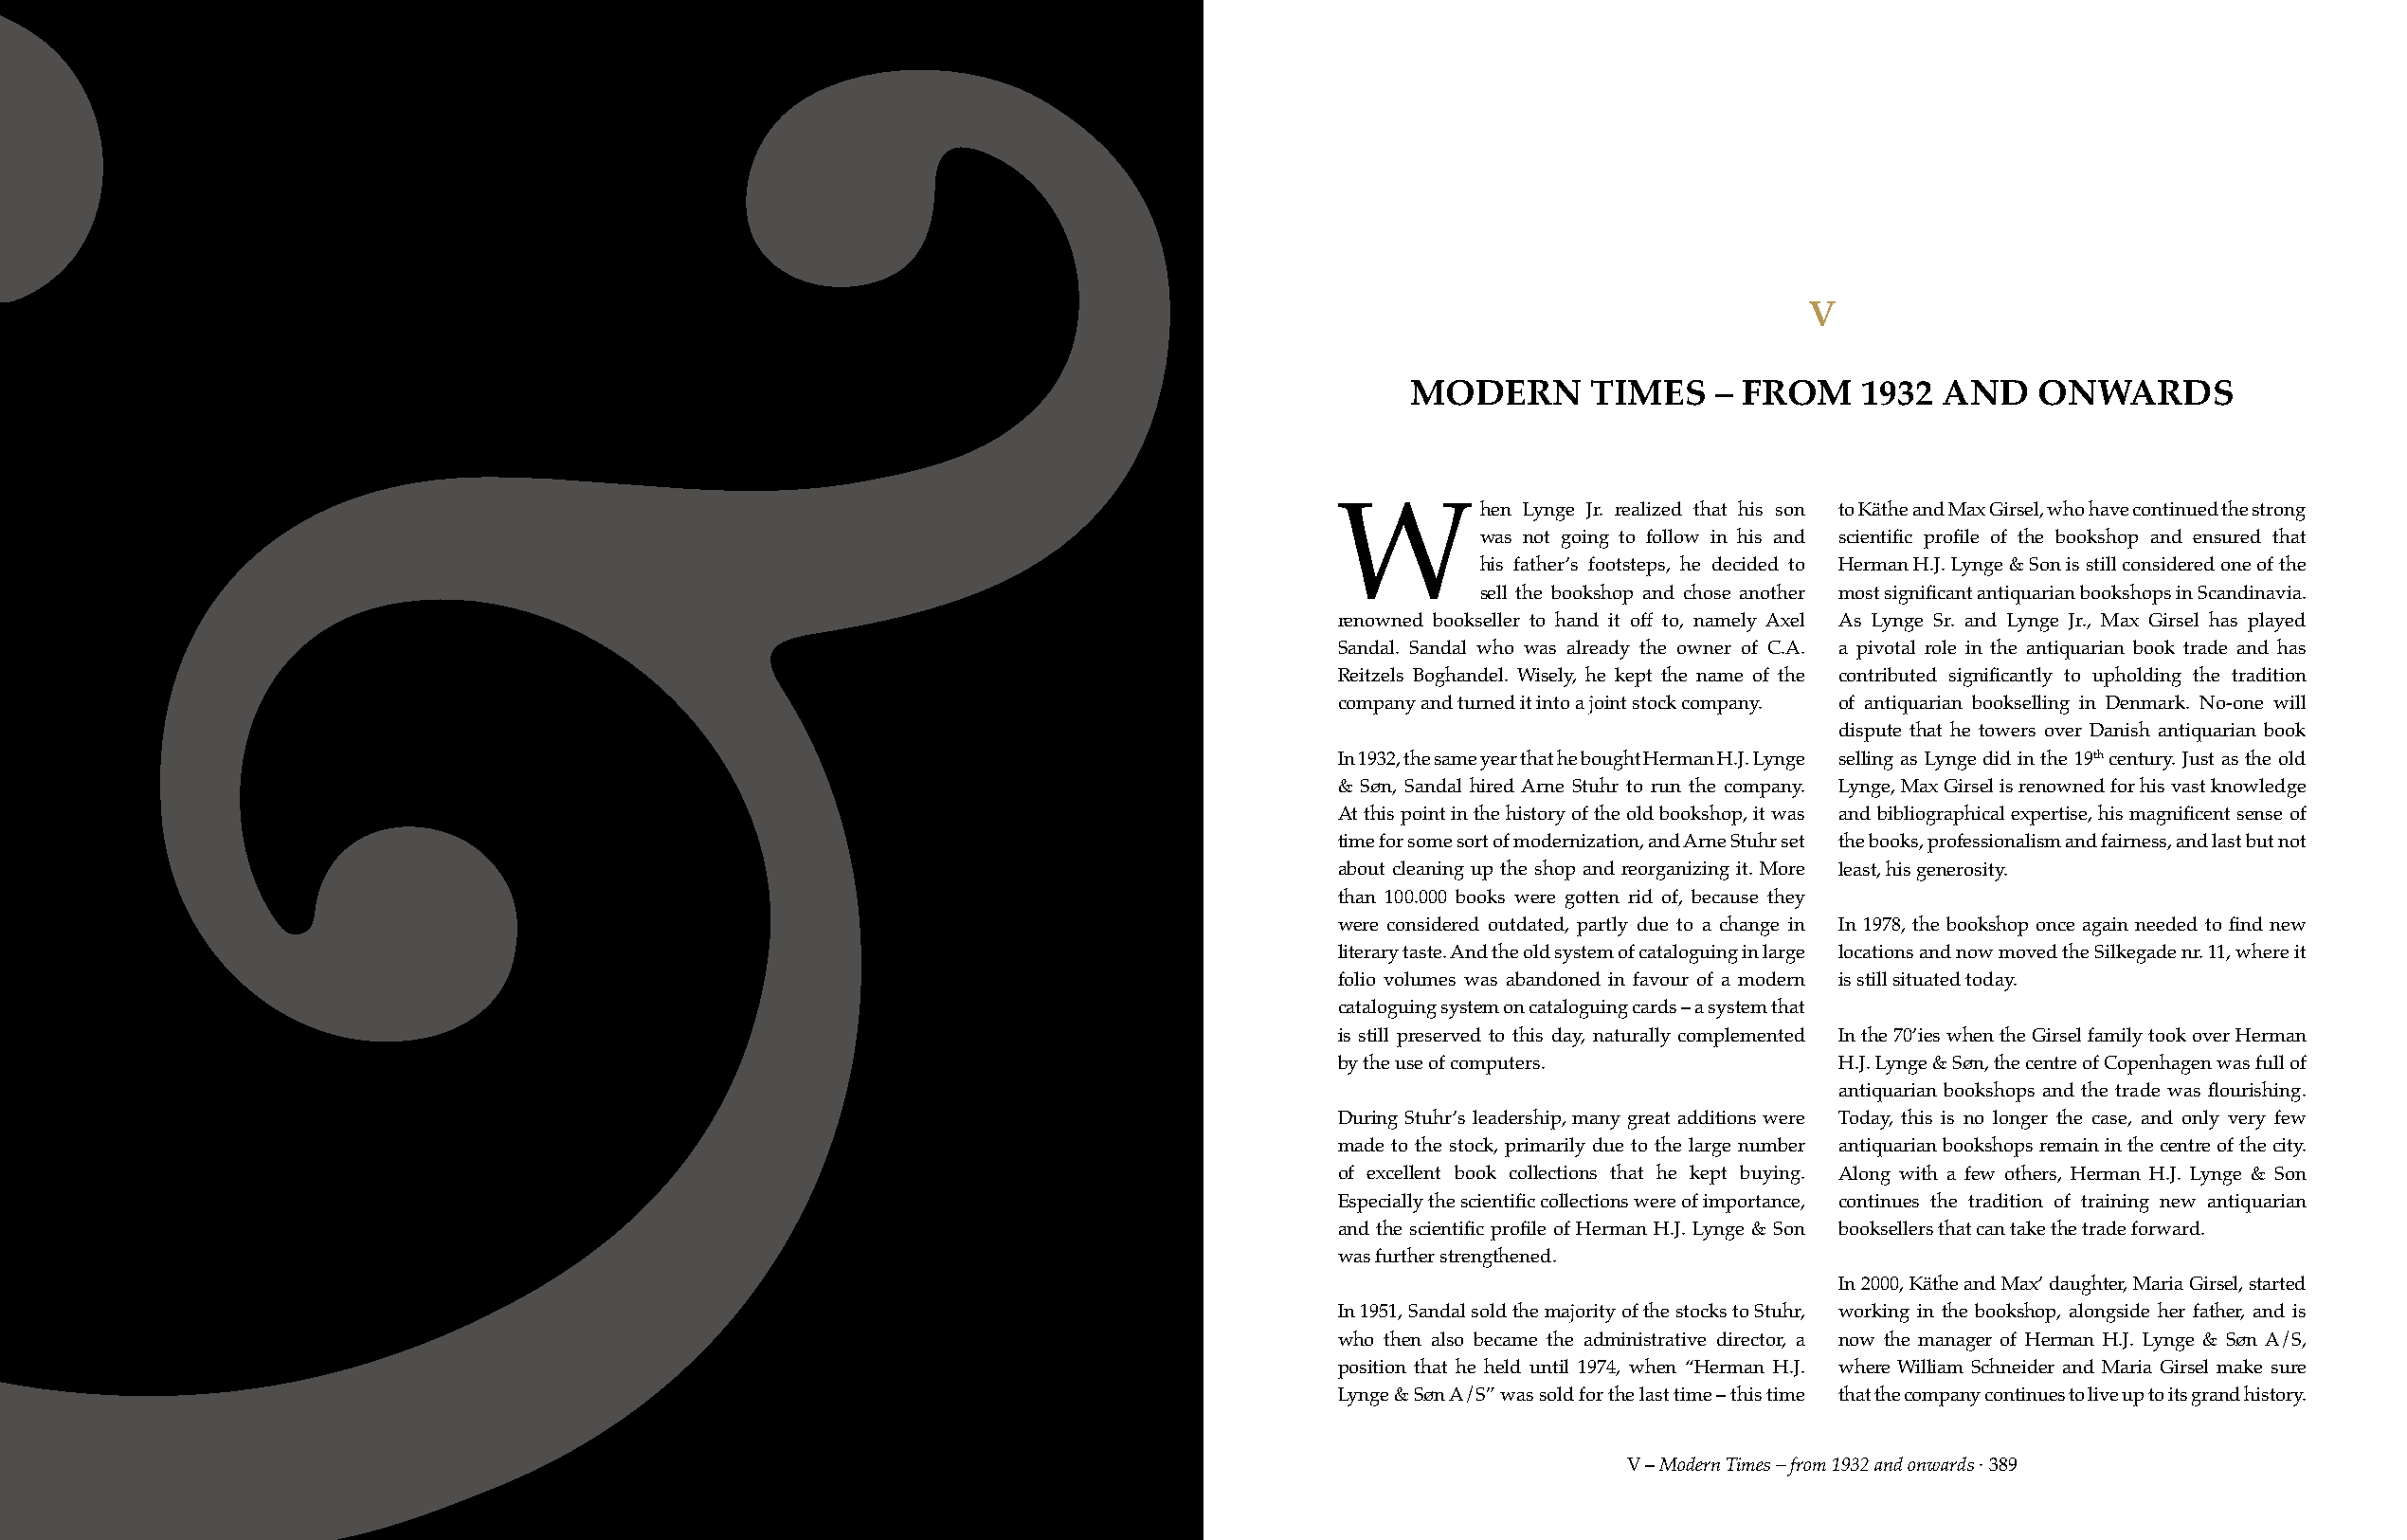
V
 MODERN       TIMES    – FROM    1932  AND   ONWARDS
 hen Lynge Jr. realized that his son to Käthe and Max Girsel, who have continued the strong
 W
 was not going to follow in his and scientific profile of the bookshop and ensured that
 his father’s footsteps, he decided to Herman H.J. Lynge & Son is still considered one of the
 sell the bookshop and chose another most significant antiquarian bookshops in Scandinavia.
 renowned bookseller to hand it off to, namely Axel As Lynge Sr. and Lynge Jr., Max Girsel has played
 Sandal. Sandal who was already the owner of C.A. a pivotal role in the antiquarian book trade and has
 Reitzels Boghandel. Wisely, he kept the name of the contributed significantly to upholding the tradition
 company and turned it into a joint stock company. of antiquarian bookselling in Denmark. No-one will
 dispute that he towers over Danish antiquarian book
 In 1932, the same year that he bought Herman H.J. Lynge selling as Lynge did in the 19th century. Just as the old
 & Søn, Sandal hired Arne Stuhr to run the company. Lynge, Max Girsel is renowned for his vast knowledge
 At this point in the history of the old bookshop, it was and bibliographical expertise, his magnificent sense of
 time for some sort of modernization, and Arne Stuhr set the books, professionalism and fairness, and last but not
 about cleaning up the shop and reorganizing it. More least, his generosity.
 than 100.000 books were gotten rid of, because they
 were considered outdated, partly due to a change in In 1978, the bookshop once again needed to find new
 literary taste. And the old system of cataloguing in large locations and now moved the Silkegade nr. 11, where it
 folio volumes was abandoned in favour of a modern is still situated today.
 cataloguing system on cataloguing cards – a system that
 is still preserved to this day, naturally complemented In the 70’ies when the Girsel family took over Herman
 by the use of computers.           H.J. Lynge & Søn, the centre of Copenhagen was full of
 antiquarian bookshops and the trade was flourishing.
 During Stuhr’s leadership, many great additions were Today, this is no longer the case, and only very few
 made to the stock, primarily due to the large number antiquarian bookshops remain in the centre of the city.
 of excellent book collections that he kept buying. Along with a few others, Herman H.J. Lynge & Son
 Especially the scientific collections were of importance, continues the tradition of training new antiquarian
 and the scientific profile of Herman H.J. Lynge & Son booksellers that can take the trade forward.
 was further strengthened.
 In 2000, Käthe and Max’ daughter, Maria Girsel, started
 In 1951, Sandal sold the majority of the stocks to Stuhr, working in the bookshop, alongside her father, and is
 who then also became the administrative director, a now the manager of Herman H.J. Lynge & Søn A/S,
 position that he held until 1974, when “Herman H.J. where William Schneider and Maria Girsel make sure
 Lynge & Søn A/S” was sold for the last time – this time that the company continues to live up to its grand history.
 V – Modern Times – from 1932 and onwards · 388                                         V – Modern Times – from 1932 and onwards · 389